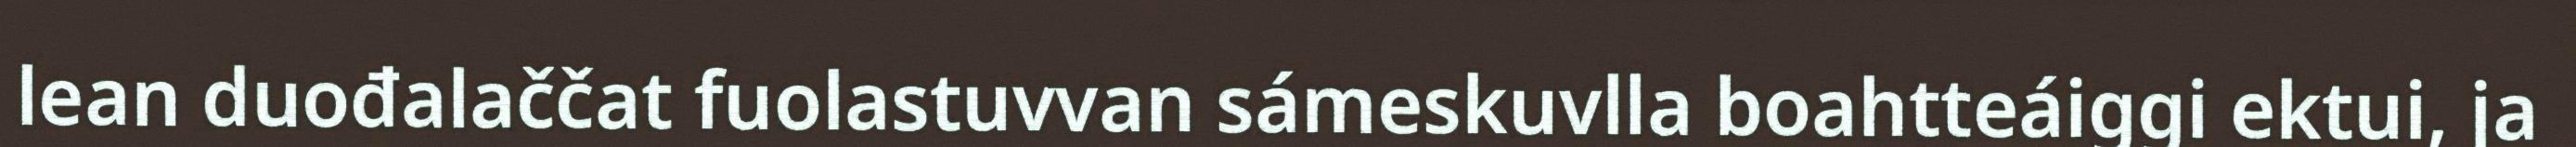
lean duođalaččat fuolastuvvan sámeskuvlla boahtteáiggi ektui, ja